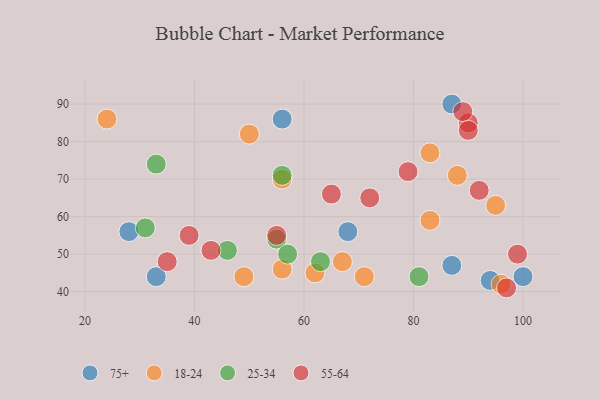
{"axis": {"x": "GDP", "y": "Life Expectancy"}, "legend": ["18-24", "25-34", "55-64", "75+"], "data": [{"x": "94", "y": 43, "type": "75+"}, {"x": "87", "y": 90, "type": "75+"}, {"x": "56", "y": 86, "type": "75+"}, {"x": "28", "y": 56, "type": "75+"}, {"x": "100", "y": 44, "type": "75+"}, {"x": "33", "y": 44, "type": "75+"}, {"x": "87", "y": 47, "type": "75+"}, {"x": "68", "y": 56, "type": "75+"}, {"x": "67", "y": 48, "type": "18-24"}, {"x": "95", "y": 63, "type": "18-24"}, {"x": "24", "y": 86, "type": "18-24"}, {"x": "62", "y": 45, "type": "18-24"}, {"x": "71", "y": 44, "type": "18-24"}, {"x": "49", "y": 44, "type": "18-24"}, {"x": "56", "y": 46, "type": "18-24"}, {"x": "83", "y": 59, "type": "18-24"}, {"x": "83", "y": 77, "type": "18-24"}, {"x": "96", "y": 42, "type": "18-24"}, {"x": "88", "y": 71, "type": "18-24"}, {"x": "50", "y": 82, "type": "18-24"}, {"x": "56", "y": 70, "type": "18-24"}, {"x": "46", "y": 51, "type": "25-34"}, {"x": "33", "y": 74, "type": "25-34"}, {"x": "56", "y": 71, "type": "25-34"}, {"x": "63", "y": 48, "type": "25-34"}, {"x": "31", "y": 57, "type": "25-34"}, {"x": "81", "y": 44, "type": "25-34"}, {"x": "55", "y": 54, "type": "25-34"}, {"x": "57", "y": 50, "type": "25-34"}, {"x": "92", "y": 67, "type": "55-64"}, {"x": "65", "y": 66, "type": "55-64"}, {"x": "43", "y": 51, "type": "55-64"}, {"x": "35", "y": 48, "type": "55-64"}, {"x": "39", "y": 55, "type": "55-64"}, {"x": "97", "y": 41, "type": "55-64"}, {"x": "72", "y": 65, "type": "55-64"}, {"x": "99", "y": 50, "type": "55-64"}, {"x": "90", "y": 85, "type": "55-64"}, {"x": "89", "y": 88, "type": "55-64"}, {"x": "55", "y": 55, "type": "55-64"}, {"x": "79", "y": 72, "type": "55-64"}, {"x": "90", "y": 83, "type": "55-64"}]}